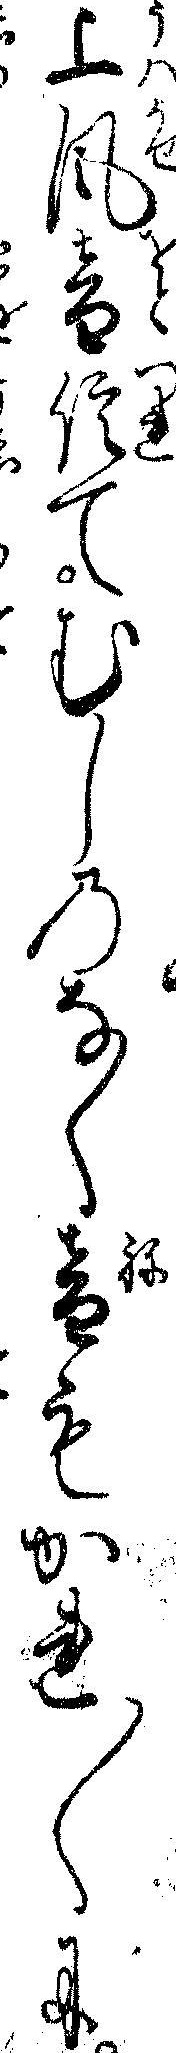
上風音信てむしのなく音もかれ〱に